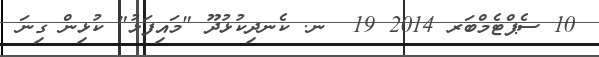
10 ސެޕްޓެމްބަރ 2014 19  ނ. ކެނދިކުޅުދޫ "މައިފަޅު" ކުޅިން ގިނަ